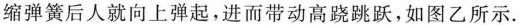
缩弹簧后人就向上弹起。进而带动高跷跳跃，如图乙所示 .